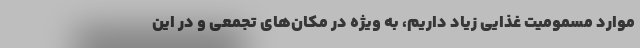
موارد مسمومیت غذایی زیاد داریم، به ویژه در مکان‌های تجمعی و در این